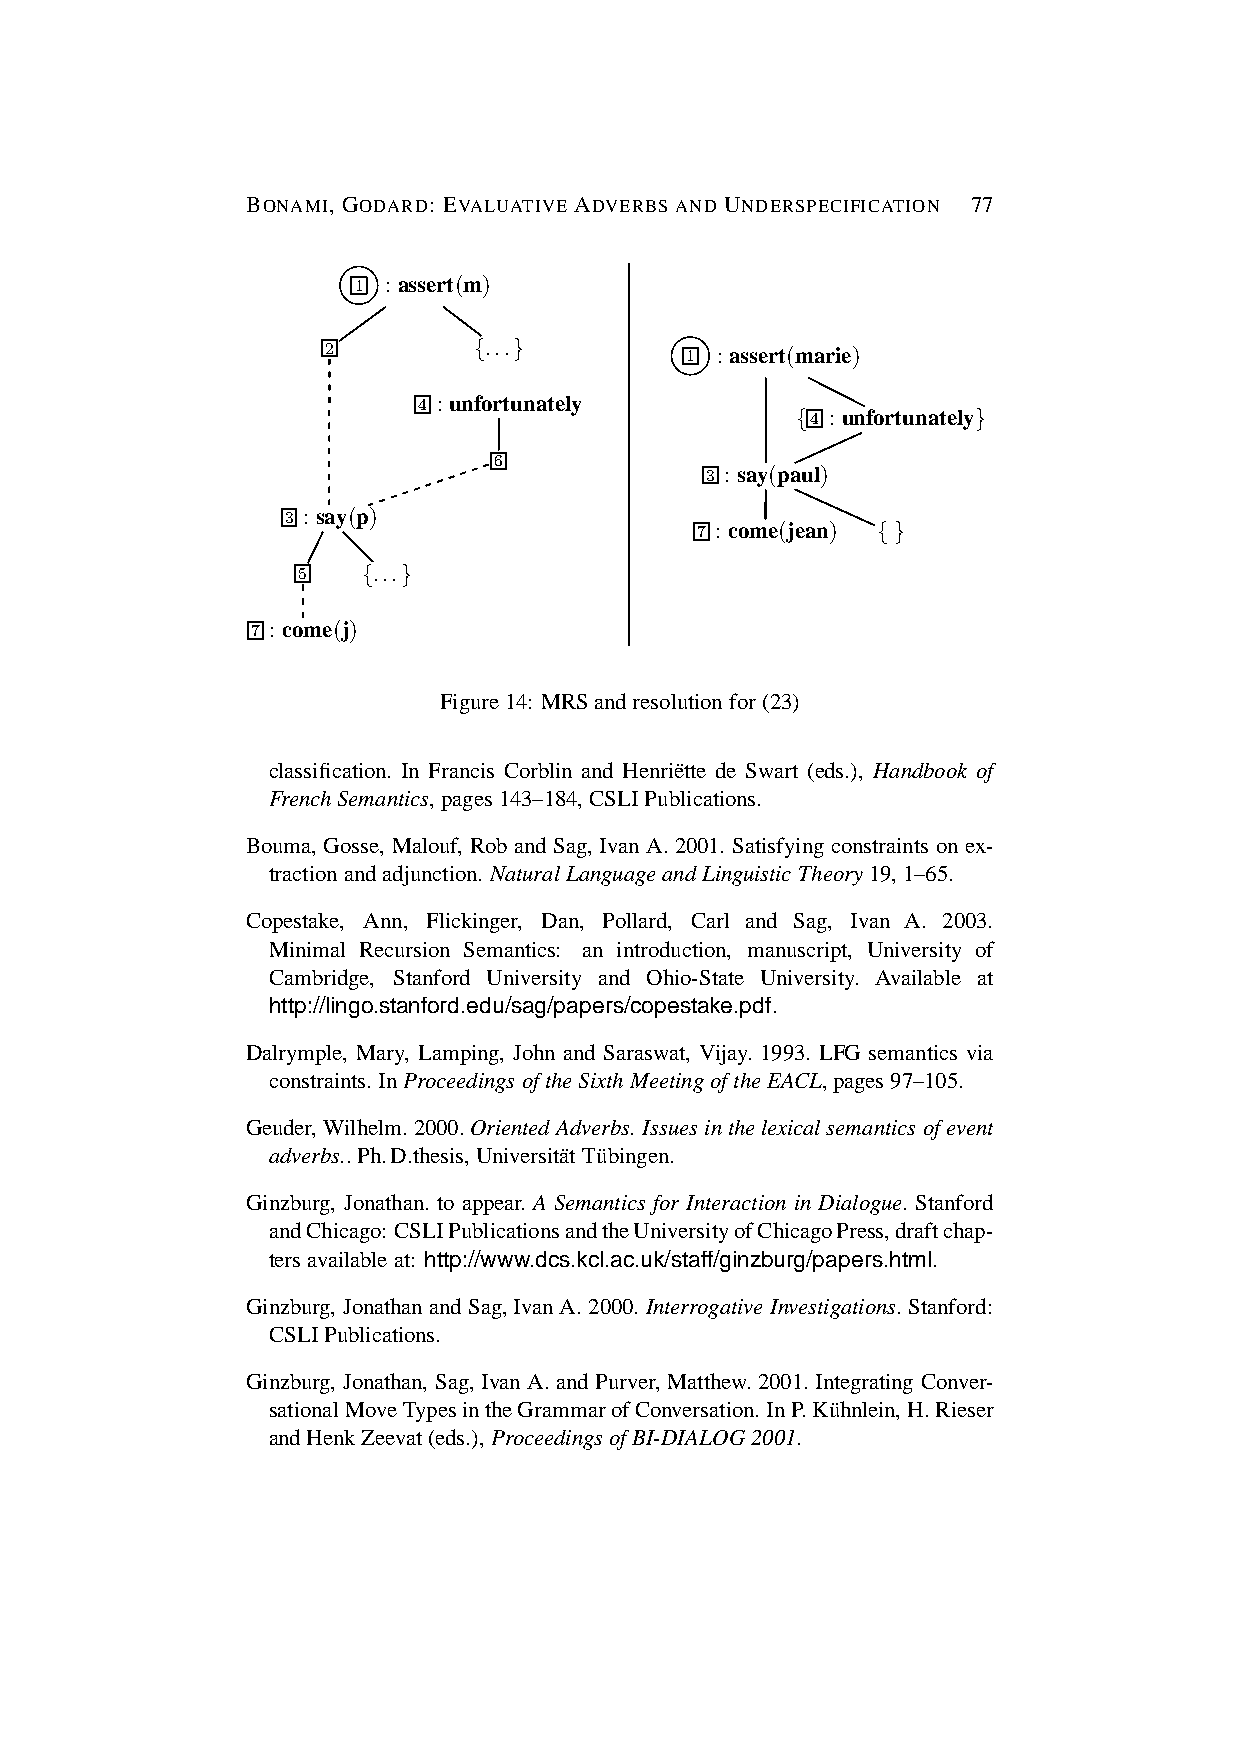
BONAMI, GODARD: EVALUATIVE ADVERBS AND UNDERSPECIFICATION 77
 1 :assert(m)
 2        {...}
 1 :assert(marie)
 4 : unfortunately
 {4 : unfortunately}
 6
 3 : say(paul)
 3 :say(p)
 7 :come(jean) {}
 5   {...}
 7 : come(j)
 Figure14: MRSandresolution for(23)
 classification. In Francis Corblin and Henrie¨tte de Swart (eds.), Handbook of
 FrenchSemantics, pages143–184, CSLIPublications.
 Bouma, Gosse, Malouf, Rob and Sag, Ivan A. 2001. Satisfying constraints on ex-
 tractionandadjunction. NaturalLanguageandLinguistic Theory19,1–65.
 Copestake, Ann, Flickinger, Dan, Pollard, Carl and Sag, Ivan A. 2003.
 Minimal Recursion Semantics: an introduction, manuscript, University of
 Cambridge, Stanford University and Ohio-State University. Available at
 http://lingo.stanford.edu/sag/papers/copestake.pdf.
 Dalrymple, Mary, Lamping, John and Saraswat, Vijay. 1993. LFG semantics via
 constraints. InProceedings oftheSixthMeetingoftheEACL,pages97–105.
 Geuder, Wilhelm.2000.OrientedAdverbs. Issuesinthelexicalsemantics ofevent
 adverbs.. Ph.D.thesis,Universita¨tTu¨bingen.
 Ginzburg, Jonathan. to appear. A Semantics for Interaction in Dialogue. Stanford
 andChicago: CSLIPublicationsandtheUniversityofChicagoPress,draftchap-
 tersavailable at: http://www.dcs.kcl.ac.uk/staff/ginzburg/papers.html.
 Ginzburg, Jonathan and Sag,Ivan A.2000. Interrogative Investigations. Stanford:
 CSLIPublications.
 Ginzburg, Jonathan, Sag, Ivan A.and Purver, Matthew. 2001. Integrating Conver-
 sationalMoveTypesintheGrammarofConversation. InP.Ku¨hnlein,H.Rieser
 andHenkZeevat(eds.),Proceedings ofBI-DIALOG2001.